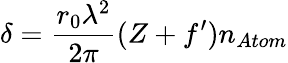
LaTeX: \delta={\frac{r_{0}\lambda^{2}}{2\pi}}(Z+f^{\prime})n_{Atom}